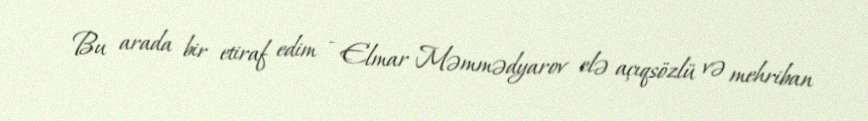
Bu arada bir etiraf edim - Elmar Məmmədyarov elə açıqsözlü və mehriban